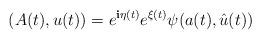
LaTeX: \begin{align*} (A(t),u(t)) = e^{\textbf{i}\eta(t)} e^{\xi(t)} \psi(a(t), \hat{u}(t)) \end{align*}